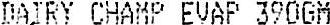
DAIRY CHAMP EVAP 390GM